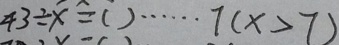
4 3 \div x = ( ) \cdots 7 ( x > 7 )